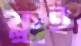
ফ্লুই